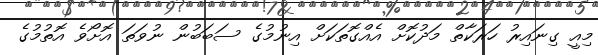
މިއީ ގިނައިރު ހަރަކާތް މަދުކޮށް އެއްގޮތަކަށް އިނުމުގެ ސަބަބުން ނުވަތަ އޮށޯވެ އޮތުމުގެ